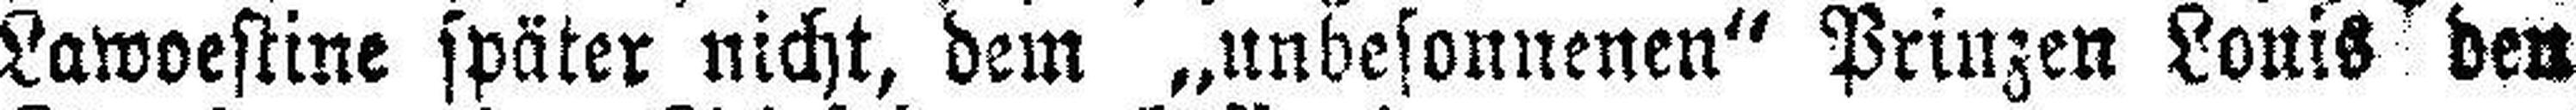
Lawoestine später nicht, dem „unbesonnenen“ Prinzen Louis den